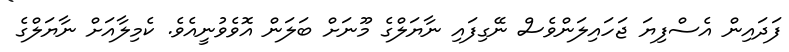
ފަދައިން އެސްފިޔަ ޖަހައިލަންވެސް ނޭގިފައި ނާޔަލްގެ މޫނަށް ބަލަން އޮވެވުނީއެވެ. ކެމިލާއަށް ނާޔަލްގެ